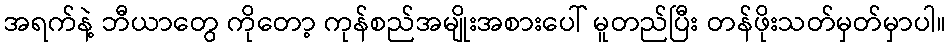
အရက်နဲ့ ဘီယာတွေ ကိုတော့ ကုန်စည်အမျိုးအစားပေါ် မူတည်ပြီး တန်ဖိုးသတ်မှတ်မှာပါ။